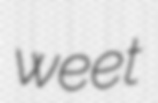
weet